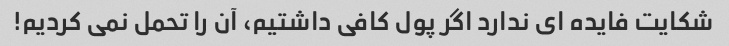
شکایت فایده ای ندارد اگر پول کافی داشتیم، آن را تحمل نمی کردیم!